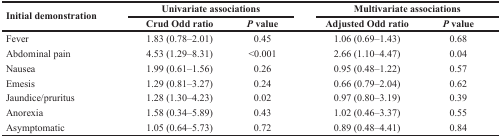
| <ROWSPAN=2> Initial demonstration | <COLSPAN=2> Univariate associations | <COLSPAN=2> Multivariate associations |
 | Crud Odd ratio | P value | Adjusted Odd ratio | P value |
 | --- | --- | --- | --- | --- |
 | Fever | 1.83 (0.78–2.01) | 0.45 | 1.06 (0.69–1.43) | 0.68 |
 | Abdominal pain | 4.53 (1.29–8.31) | <0.001 | 2.66 (1.10–4.47) | 0.04 |
 | Nausea | 1.99 (0.61–1.56) | 0.26 | 0.95 (0.48–1.22) | 0.57 |
 | Emesis | 1.29 (0.81–3.27) | 0.24 | 0.66 (0.79–2.04) | 0.62 |
 | Jaundice/pruritus | 1.28 (1.30–4.23) | 0.02 | 0.97 (0.80–3.19) | 0.39 |
 | Anorexia | 1.58 (0.34–5.89) | 0.43 | 1.02 (0.46–3.37) | 0.55 |
 | Asymptomatic | 1.05 (0.64–5.73) | 0.72 | 0.89 (0.48–4.41) | 0.84 |